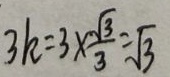
3 k = 3 \times \frac { \sqrt { 3 } } { 3 } = \sqrt { 3 }